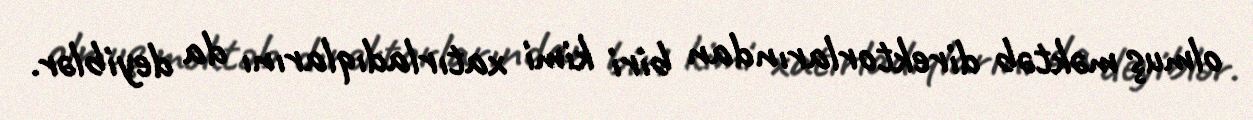
olmuş məktəb direktorlarından biri kimi xatırladıqlarını da deyiblər.